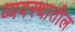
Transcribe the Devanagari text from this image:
व्यवस्थातील